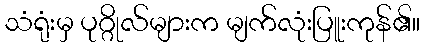
သံရုံးမှ ပုဂ္ဂိုလ်များက မျက်လုံးပြူးကုန်၏။